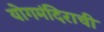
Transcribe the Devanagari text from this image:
योगमंदिराची